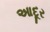
આદૂર